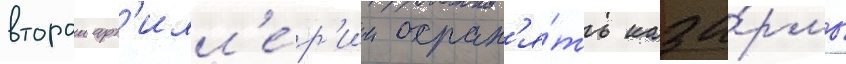
второи арт'илл'е́р'ии охран'я́ть каза́рмы